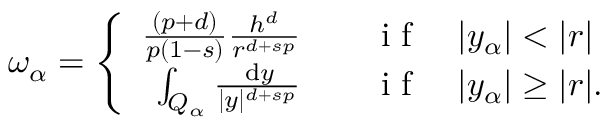
\omega _ { \alpha } = \left\{ \begin{array} { r l } { \frac { ( p + d ) } { p ( 1 - s ) } \frac { h ^ { d } } { r ^ { d + s p } } \quad } & { \textup { i f } \quad | y _ { \alpha } | < | r | } \\ { \int _ { Q _ { \alpha } } \frac { \, \mathrm { d } y } { | y | ^ { d + s p } } \quad } & { \textup { i f } \quad | y _ { \alpha } | \geq | r | . } \end{array} \right.